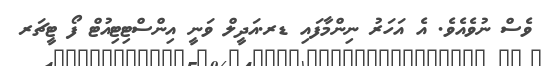
ވެސް ނުވެއެެވެ. އެ އަހަރު ނިންމާފައި ޑރ.އަދީލް ވަނީ އިންސްޓިޓިއުޓް ފޯ ޓީޗަރ